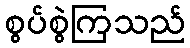
စွပ်စွဲကြသည်